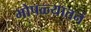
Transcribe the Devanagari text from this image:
भोपळ्यातनं